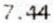
7.44